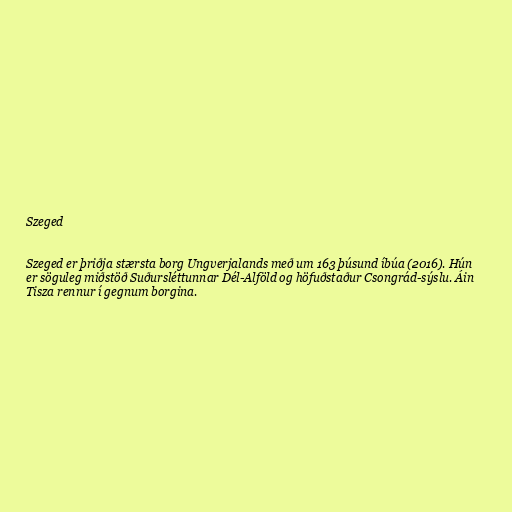
Szeged

Szeged er þriðja stærsta borg Ungverjalands með um 163 þúsund íbúa (2016). Hún
er söguleg miðstöð Suðursléttunnar Dél-Alföld og höfuðstaður Csongrád-sýslu. Áin
Tisza rennur í gegnum borgina.